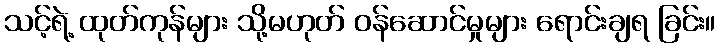
သင့်ရဲ့ ထုတ်ကုန်များ သို့မဟုတ် ဝန်ဆောင်မှုများ ရောင်းချရ ခြင်း။